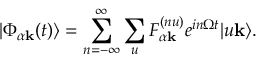
| \Phi _ { \alpha \mathbf { k } } ( t ) \rangle = \sum _ { n = - \infty } ^ { \infty } \sum _ { u } F _ { \alpha \mathbf { k } } ^ { ( n u ) } e ^ { i n \Omega t } | u \mathbf { k } \rangle .